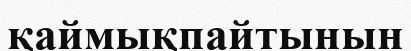
қаймықпайтынын